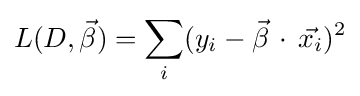
L(D,{\vec {\beta }})=\sum _{i}(y_{i}-{\vec {\beta }}\,\cdot \,{\vec {x_{i}}})^{2}